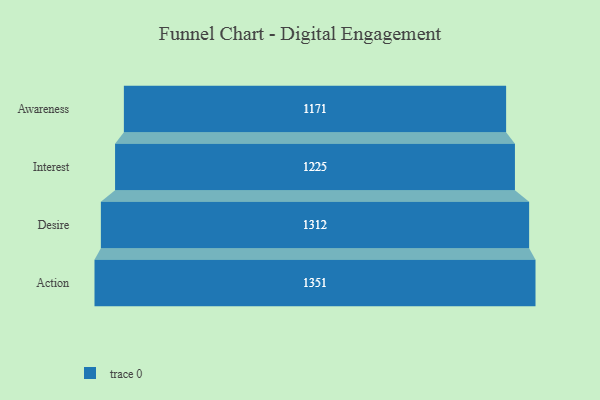
{"axis": {"x": "Stage", "y": "Value"}, "legend": [""], "data": [{"x": "Awareness", "y": 1171.0, "type": ""}, {"x": "Interest", "y": 1225.0, "type": ""}, {"x": "Desire", "y": 1312.0, "type": ""}, {"x": "Action", "y": 1351.0, "type": ""}]}